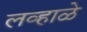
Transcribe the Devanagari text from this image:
लव्हाळे